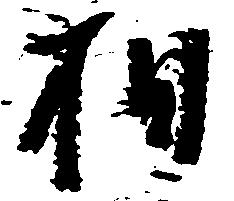
相